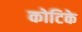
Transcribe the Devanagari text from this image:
कोटिके